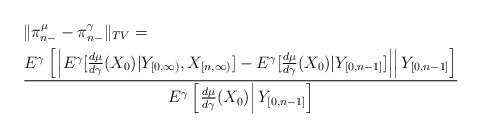
LaTeX: \begin{align*}& \|\pi_{n-}^{\mu}-\pi_{n-}^{\gamma}\|_{TV}= \\&\frac{E^{\gamma}\left[\left.\left|E^{\gamma}[\frac{d\mu}{d\gamma}(X_{0})|Y_{[0,\infty)},X_{[n,\infty)}]-E^{\gamma}[\frac{d\mu}{d\gamma}(X_{0})|Y_{[0,n-1]}]\right|\right|Y_{[0,n-1]}\right]}{E^{\gamma}\left[\left.\frac{d\mu}{d\gamma}(X_{0})\right|Y_{[0,n-1]}\right]}\end{align*}